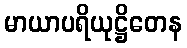
မာယာပရိယုဋ္ဌိတေန